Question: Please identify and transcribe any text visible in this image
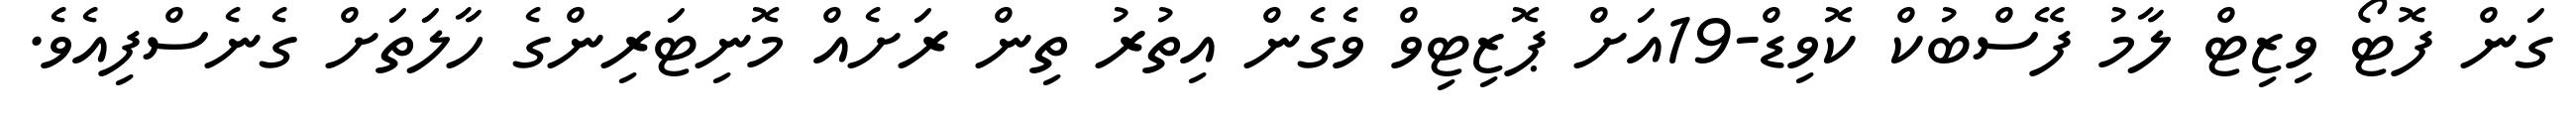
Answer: ގަން ފޮޓޯ ވިޒިޓް ލާމު ފޭސްބުކް ކޮވިޑް-19އަށް ޕޮޒިޓިވް ވެގެން އިތުރު ތިން ރަށެއް މޮނިޓަރިންގެ ހާލަތަށް ގެނެސްފިއެވެ.